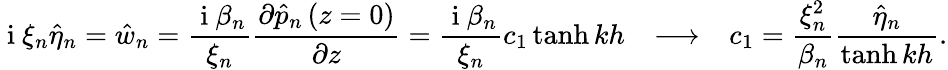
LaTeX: \mathrm{~i~}\xi_{n}\hat{\eta}_{n}=\hat{w}_{n}=\frac{\mathrm{~i~}\beta_{n}}{\xi_{n}}\frac{\partial\hat{p}_{n}\left(z=0\right)}{\partial z}=\frac{\mathrm{~i~}\beta_{n}}{\xi_{n}}c_{1}\operatorname{tanh}{kh}\ \ \ \longrightarrow\ \ \ c_{1}=\frac{\xi_{n}^{2}}{\beta_{n}}\frac{\hat{\eta}_{n}}{\operatorname{tanh}{kh}}.